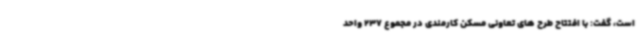
است، گفت: با افتتاح طرح های تعاونی مسکن کارمندی در مجموع 237 واحد